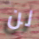
لن